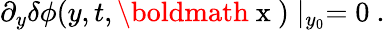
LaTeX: \partial_{y}\delta\phi(y,t,\mathrm{\boldmath~x~})\mid_{y_{0}}=0\ .